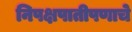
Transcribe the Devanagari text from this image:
निपक्षपातीपणाचे